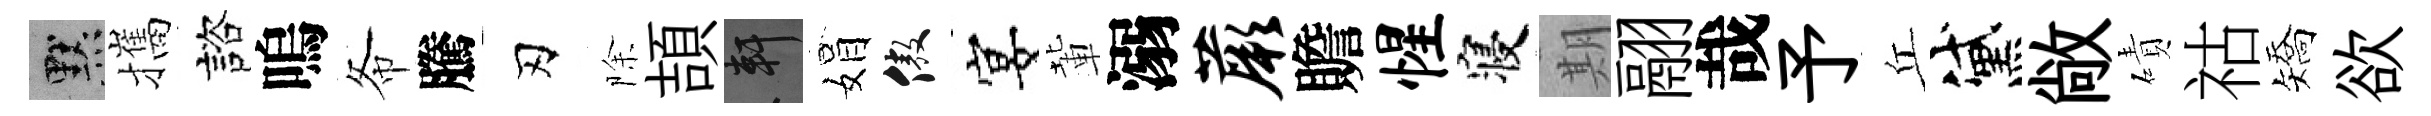
默攜諮嗚𢁙騰刃除頡軒娟傲宴輩溺蕨贍惺寝期翮哉予丘黛敞磧祜矯欲